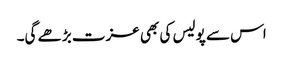
اس سے پولیس کی بھی عزت بڑھے گی۔